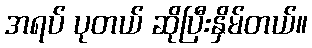
အရပ် ပုတယ် ဆိုပြီးနှိမ်တယ်။